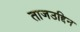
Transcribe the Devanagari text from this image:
ताजउद्दिन